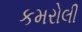
કમરોલી